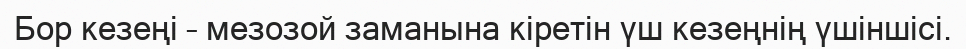
Бор кезеңі – мезозой заманына кіретін үш кезеңнің үшіншісі.